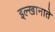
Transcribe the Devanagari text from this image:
इल्खानाते